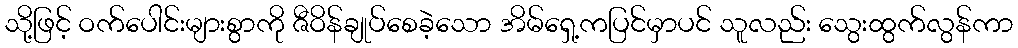
သို့ဖြင့် ဝက်ပေါင်းများစွာကို ဇီဝိန်ချုပ်စေခဲ့သော အိမ်ရှေ့ကပြင်မှာပင် သူလည်း သွေးထွက်လွန်ကာ